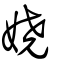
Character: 嬈